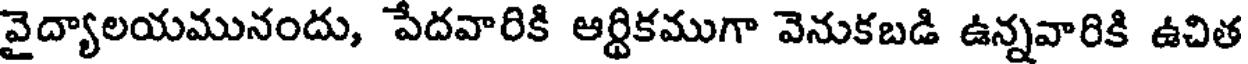
వైద్యాలయమునందు, పేదవారికి ఆర్థికముగా వెనుకబడి ఉన్నవారికి ఉచిత